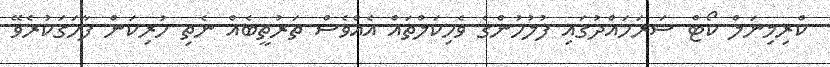
ކްރިމިނަލް ކޯޓް ސަރަހައްދުގައި ފުލުހުންގެ ވެހިކަލްތައް އެއްވެސް ތަރުތީބެއް ނެތި ހުރިކަން ފާހަގަކުރެވޭ